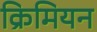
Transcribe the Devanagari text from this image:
क्रिमियन